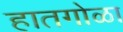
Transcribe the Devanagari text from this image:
हातगोळा